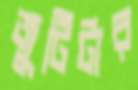
জুটিটার